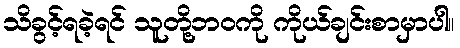
သိခွင့်ရခဲ့ရင် သူတို့ဘဝကို ကိုယ်ချင်းစာမှာပါ။